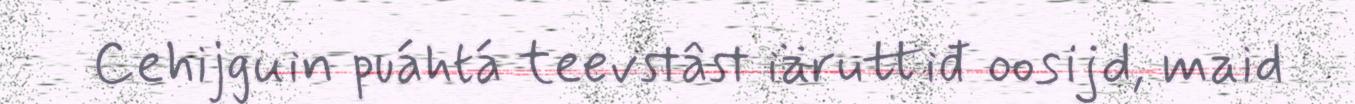
Cehijguin puáhtá teevstâst iäruttiđ oosijd, maid